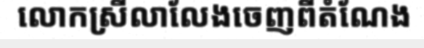
លោកស្រីលាលែងចេញពីតំណែង